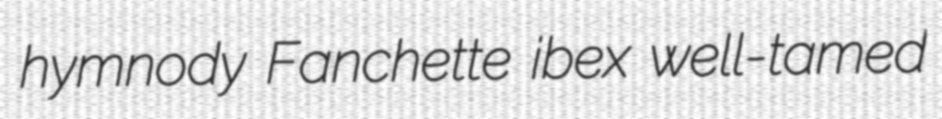
hymnody Fanchette ibex well-tamed